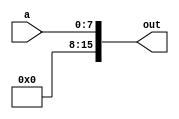
module expand_16bit (
    a, out
);
    input [7:0]a;
    output reg [15:0]out;

    always @* begin
        out[15]=1'b0;
        out[14]=1'b0;
        out[13]=1'b0;
        out[12]=1'b0;
        out[11]=1'b0;
        out[10]=1'b0;
        out[9]=1'b0;
        out[8]=1'b0;
        out[7:0]=a;
    end
endmodule

module conv16to8 (
    a, out
);
    input [15:0]a;
    output [7:0]out;
    assign out=a[7:0];
endmodule

module sum9(
    s1, s2, s3, s4, s5, s6, s7, s8, s9, out
);
    input [7:0]s1, s2, s3, s4, s5, s6, s7, s8, s9;
    output [7:0]out;

    reg [15:0]sum;
    reg [15:0]d;
    wire [15:0]s116,s216,s316,s416,s516,s616,s716,s816,s916;

    expand_16bit e1(.a(s1), .out(s116));
    expand_16bit e2(.a(s2), .out(s216));
    expand_16bit e3(.a(s3), .out(s316));
    expand_16bit e4(.a(s4), .out(s416));
    expand_16bit e5(.a(s5), .out(s516));
    expand_16bit e6(.a(s6), .out(s616));
    expand_16bit e7(.a(s7), .out(s716));
    expand_16bit e8(.a(s8), .out(s816));
    expand_16bit e9(.a(s9), .out(s916));
    
    always @* begin
        sum = s116 + s216 + s316 + s416 + s516 + s616 + s716 + s816 + s916;
        d =sum/9;
    end

    conv16to8 conv(d, out);
endmodule

module median (
    s1, s2, s3, s4, s5, s6, s7, s8, s9, out
);
    input [7:0]s1, s2, s3, s4, s5, s6, s7, s8, s9;
    output [7:0]out;
    sum9 a1(s1, s2, s3, s4, s5, s6, s7, s8, s9, out);
endmodule